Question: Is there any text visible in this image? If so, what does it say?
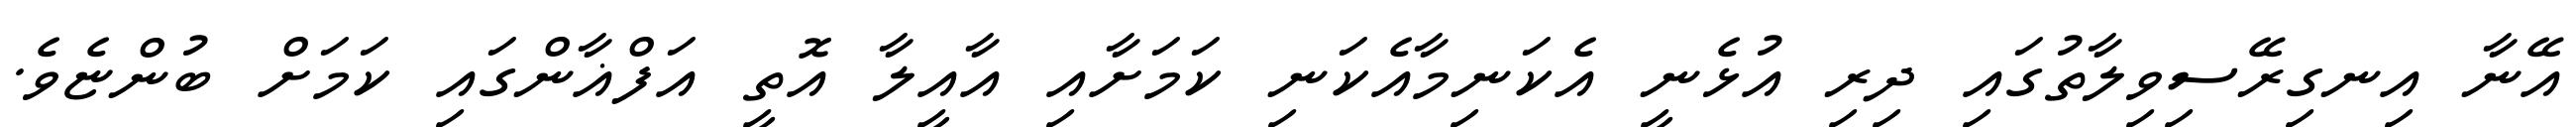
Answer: އޭނާ އިނގިރޭސިވިލާތުގައި ދިރި އުޅެނީ އެކަނިމާއެކަނި ކަމަށާއި އާއީލާ އޮތީ އަފްޣާންގައި ކަމަށް ބުންޏެވެ.